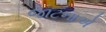
જાટનાએ